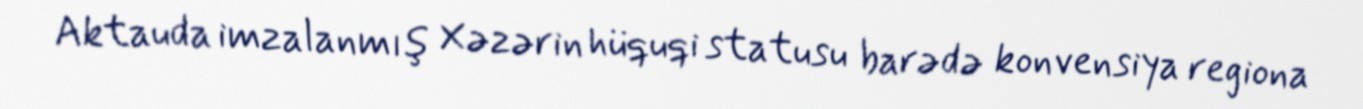
Aktauda imzalanmış Xəzərin hüquqi statusu barədə konvensiya regiona